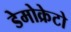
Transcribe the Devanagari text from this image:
डेमोक्रेटो